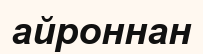
айроннан